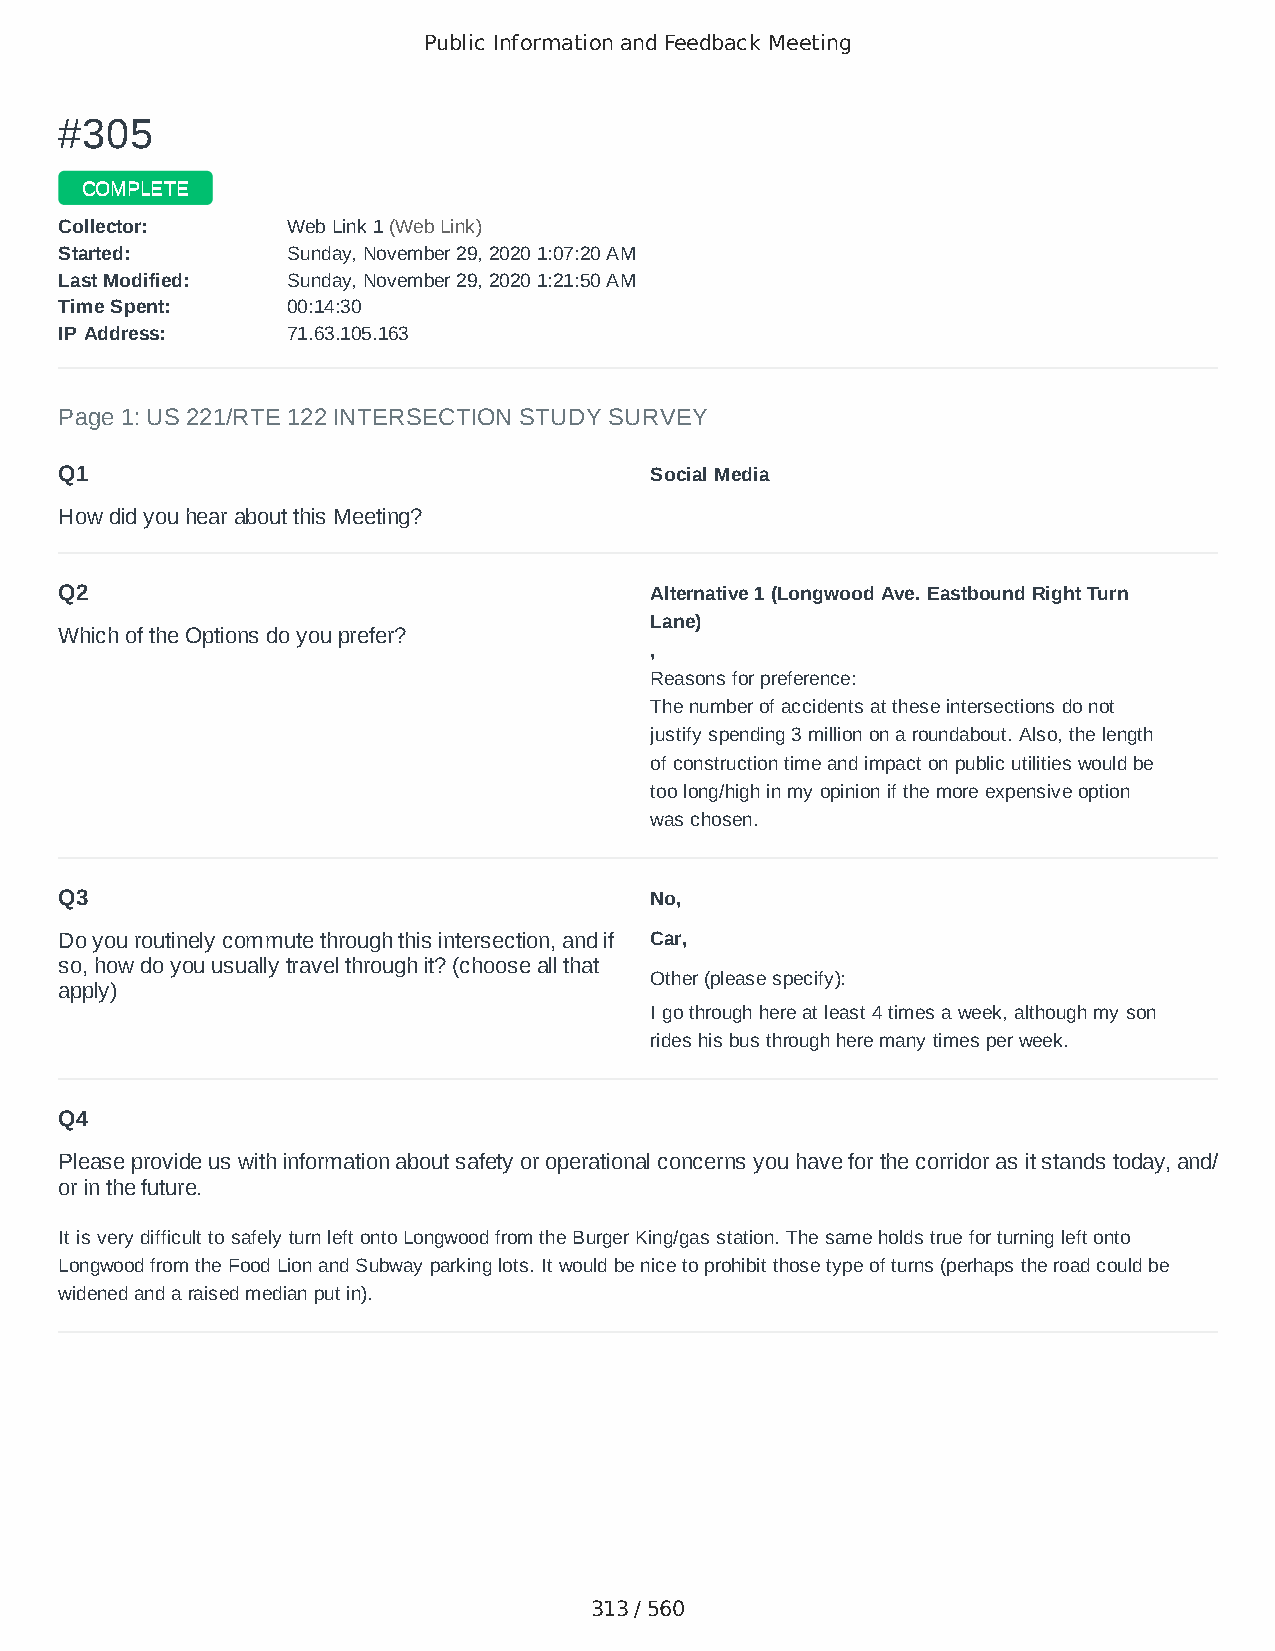
Public Information and Feedback Meeting
 ##330055
 CCOOMMPPLLEETTEE
 CCoolllleeccttoorr:: WWeebb LLiinnkk 11 ((WWeebb LLiinnkk))
 SSttaarrtteedd:: SSuunnddaayy,, NNoovveemmbbeerr 2299,, 22002200 11::0077::2200 AAMM
 LLaasstt MMooddiiffiieedd:: SSuunnddaayy,, NNoovveemmbbeerr 2299,, 22002200 11::2211::5500 AAMM
 TTiimmee SSppeenntt:: 0000::1144::3300
 IIPP AAddddrreessss:: 7711..6633..110055..116633
 Page 1: US 221/RTE 122 INTERSECTION STUDY SURVEY
 Q1                                     Social Media
 How did you hear about this Meeting?
 Q2                                     Alternative 1 (Longwood Ave. Eastbound Right Turn
 Lane)
 Which of the Options do you prefer?
 ,
 Reasons for preference:
 The number of accidents at these intersections do not
 justify spending 3 million on a roundabout. Also, the length
 of construction time and impact on public utilities would be
 too long/high in my opinion if the more expensive option
 was chosen.
 Q3                                     No,
 Do you routinely commute through this intersection, and if Car,
 so, how do you usually travel through it? (choose all that
 Other (please specify):
 apply)
 I go through here at least 4 times a week, although my son
 rides his bus through here many times per week.
 Q4
 Please provide us with information about safety or operational concerns you have for the corridor as it stands today, and/
 or in the future.
 It is very difficult to safely turn left onto Longwood from the Burger King/gas station. The same holds true for turning left onto
 Longwood from the Food Lion and Subway parking lots. It would be nice to prohibit those type of turns (perhaps the road could be
 widened and a raised median put in).
 313 / 560